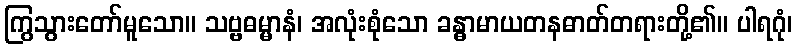
ကြွသွားတော်မူသော။ သဗ္ဗဓမ္မာနံ၊ အလုံးစုံသော ခန္ဓာမာယတနဓာတ်တရားတို့၏။ ပါရဂုံ၊